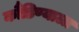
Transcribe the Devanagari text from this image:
कौंडिण्याला